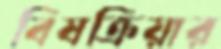
বিষক্রিয়ার